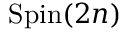
\operatorname { S p i n } ( 2 n )